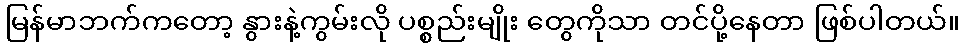
မြန်မာဘက်ကတော့ နွားနဲ့ကွမ်းလို ပစ္စည်းမျိုး တွေကိုသာ တင်ပို့နေတာ ဖြစ်ပါတယ်။